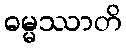
ဓမ္မဿာတိ